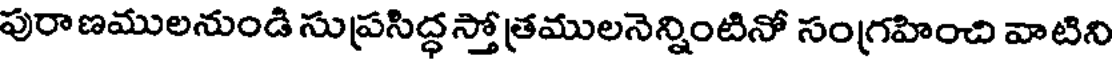
పురాణములనుండి సుప్రసిద్ధ స్తోత్రములనెన్నింటినో సంగ్రహించి వాటిని